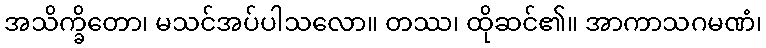
အသိက္ခိတော၊ မသင်အပ်ပါသလော။ တဿ၊ ထိုဆင်၏။ အာကာသဂမဏံ၊